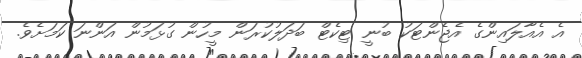
އެ އެއާލައިންގެ އެޖެންޓަކު ބުނީ ޓިކެޓް ބަދަލުކުރަން މީހުން ގުޅަމުން އަންނަ ކަމަށެވެ.